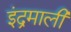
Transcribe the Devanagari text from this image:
इंद्रमाली